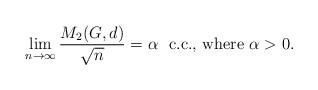
LaTeX: \begin{align*}\lim_{n \to \infty} \frac{M_2(G, d)}{\sqrt{n}} = \alpha\ \mbox{ c.c., where } \alpha > 0.\end{align*}